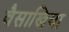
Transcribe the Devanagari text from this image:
वैसाखिया